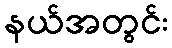
နယ်အတွင်း